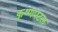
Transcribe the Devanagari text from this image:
कृष्णपटल